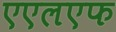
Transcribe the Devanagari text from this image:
एएलएफ